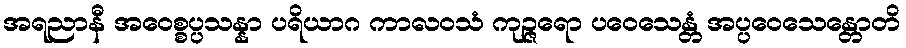
အရညာနီ အဝေစ္စပ္ပသန္နာ ပရိယာဂ ကာလဝသံ ကုဉ္ဇရော ပဝေသေန္တံ အပ္ပဝေသေန္တောတိ